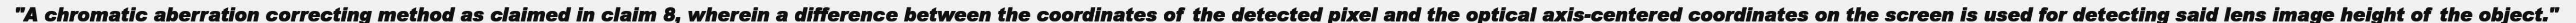
"A chromatic aberration correcting method as claimed in claim 8, wherein a difference between the coordinates of the detected pixel and the optical axis-centered coordinates on the screen is used for detecting said lens image height of the object."